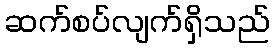
ဆက်စပ်လျက်ရှိသည်